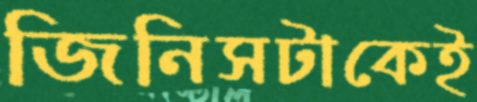
জিনিসটাকেই